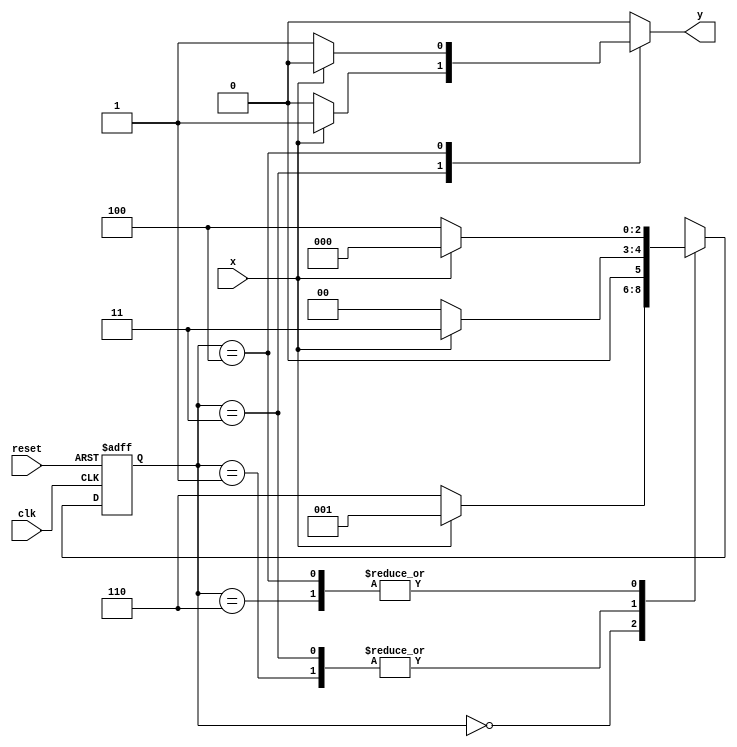
// Guia 11 - 04 
// Paulo Henrique de Almeida Amorim - 412765

// -------------------
// --- Mealy FSM
// --- seq: 000 ou 111
// -------------------


// constant definitions
`define found    1
`define notfound 0

// FSM by Mealy
module exercicio04_seq000_111 ( y, x, clk, reset );

	output y;
	input  x;
	input  clk;
	input  reset;

	reg    y;

	parameter         // state identifiers 
		start  = 3'b000,
		id1    = 3'b001,
		id11   = 3'b011,
		id0    = 3'b110,
		id00   = 3'b100;

	reg [2:0] E1;	// current state variables
	reg [2:0] E2;	// next state logic output

	// next state logic
   always @( x or E1 )
		begin
		y = `notfound;

		case ( E1 )
			start:
				if ( x )
					E2 = id1;
				else
					E2 = id0;
				
			id1:
				if ( x )
					E2 = id11;
				else
					E2 = start;

			id11:
				if ( x )
				begin
					E2 =  id11;
					y  = `found;
				end
				else
				begin
					E2 =  start;
					y  = `notfound;
				end
			
			id0:
				if ( x )
					E2 = start;
				else
					E2 = id00;

			id00:
				if ( x )
				begin
					E2 =  start;
					y  = `notfound;
				end
				else
				begin
					E2 =  id00;
					y  = `found;
				end
	 
			default:   // undefined state
				E2 =  3'bxxx;
		endcase
	  
		end // always at signal or state changing
		

	// state variables
		always @( posedge clk or negedge reset )
		begin
			if ( reset )
				E1 = E2;    // updates current state
			else
				E1 = 0;     // reset
		end // always at signal changing

endmodule // exercicio04_seq000_111

module Exercicio04;
	
	reg   clk, reset, x;
	wire  m1;

	exercicio04_seq000_111 M5 ( m1, x, clk, reset );

	initial
	begin
		$display("Guia 10 - Paulo Henrique de Almeida Amorim - 412765");
		$display("\nTime\tX   Seq 000|111" );

	// initial values
       clk   = 1;
       reset = 0;
       x     = 0;

	// input signal changing
		#10   reset = 1;
		#10  x = 1;
		#10  x = 0;
		#10  x = 0;
		#10  x = 1;
		#10  x = 0;
		#10  x = 1;
		#10  x = 1;
		#10  x = 1;
		#10  x = 1;
		#10  x = 0;
		#10  x = 1;
		#10  x = 1;
		#10  x = 1;
		#10  x = 0;
		#10  x = 1;
		#10  x = 0;
		#10  x = 0;
		#10  x = 0;
		
		#5 $finish;
	
	end // initial

	always
		#5 clk = ~clk;

	always @( posedge clk )
	begin
		$display ( "%4d \t%b\t%b", $time, x, m1);
	end // always at positive edge clocking changing

endmodule